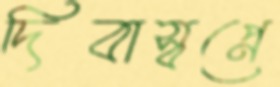
দিবাস্বপ্নে